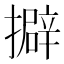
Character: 擗